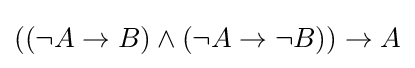
((\lnot A\to B)\land (\lnot A\to \lnot B))\to A